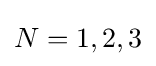
N=1,2,3